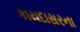
કાયદાસરના